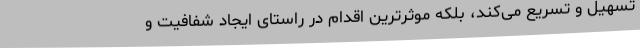
تسهیل و تسریع می‌کند، بلکه موثرترین اقدام در راستای ایجاد شفافیت و